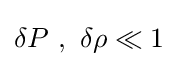
\delta P~,~\delta \rho \ll 1~